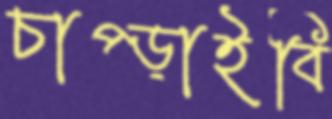
চাপ্‌ড়াইবি